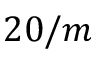
2 0 / m